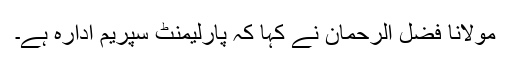
مولانا فضل الرحمان نے کہا کہ پارلیمنٹ سپریم ادارہ ہے۔